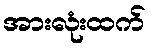
အားလုံးထက်